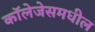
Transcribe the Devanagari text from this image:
कॉलेजेसमधील